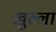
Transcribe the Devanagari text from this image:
ख़ुल्ला